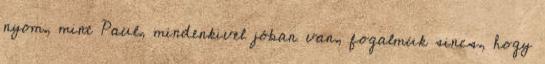
nyom, mint Paul, mindenkivel jóban van, fogalmuk sincs, hogy